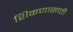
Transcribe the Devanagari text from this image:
शिकणासाठी